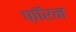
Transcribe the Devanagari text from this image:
फ़ॉरन